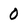
Character: 0